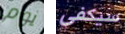
يوم سيكفي